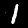
Label: 1